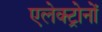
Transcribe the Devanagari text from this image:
एलेक्ट्रोनों